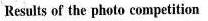
Results of the photo competition